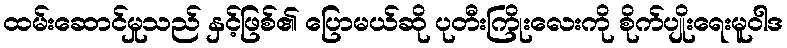
ထမ်းဆောင်မှုသည် နှင့်ဖြစ်၏ ပြောမယ်ဆို ပုတီးကြိုးလေးကို စိုက်ပျိုးရေးမူဝါဒ